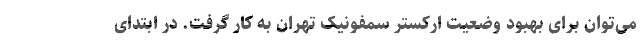
می‌توان برای بهبود وضعیت ارکستر سمفونیک تهران به کار گرفت. در ابتدای